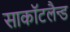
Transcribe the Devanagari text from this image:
साकाॅटलैन्ड